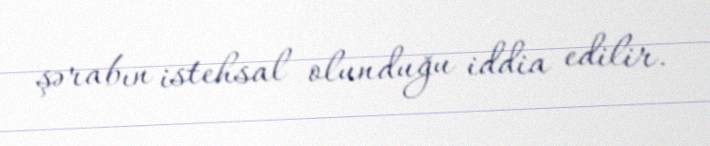
şərabın istehsal olunduğu iddia edilir.